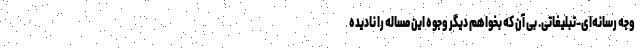
وجه رسانه‌ای-تبلیغاتی. بی آن که بخواهم دیگر وجوه این مساله را نادیده